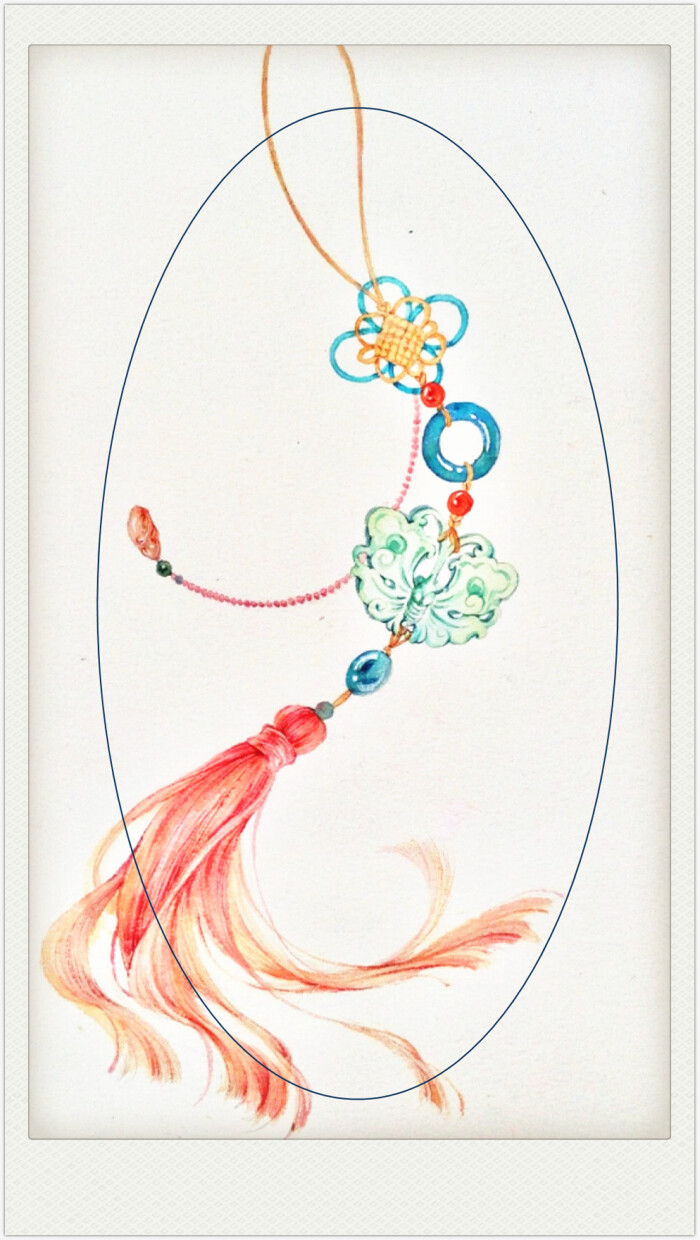
别离还有经年客，怅望不如河鼓星。